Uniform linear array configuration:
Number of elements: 4
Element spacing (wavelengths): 1
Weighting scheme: cosine
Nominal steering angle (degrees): -45
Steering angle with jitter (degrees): -45.207
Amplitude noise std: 0.05
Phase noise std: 0.05

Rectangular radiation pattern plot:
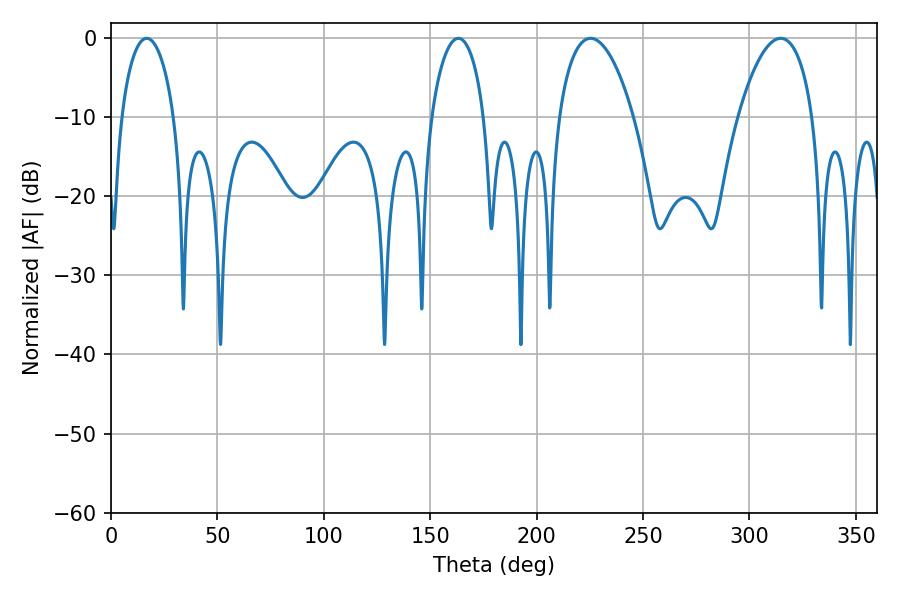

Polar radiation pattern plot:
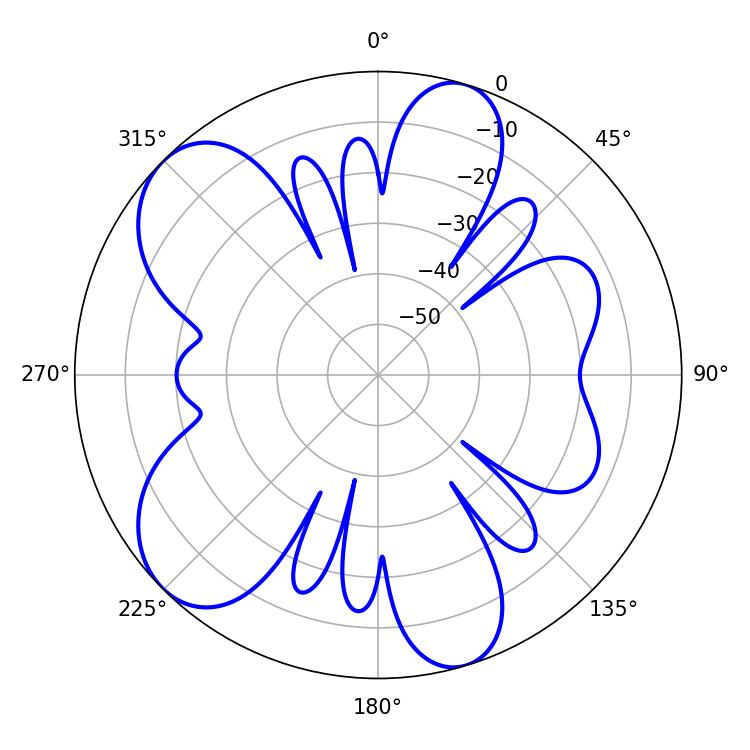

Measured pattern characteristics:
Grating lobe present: TRUE
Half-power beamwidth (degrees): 19.8
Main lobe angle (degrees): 225.36